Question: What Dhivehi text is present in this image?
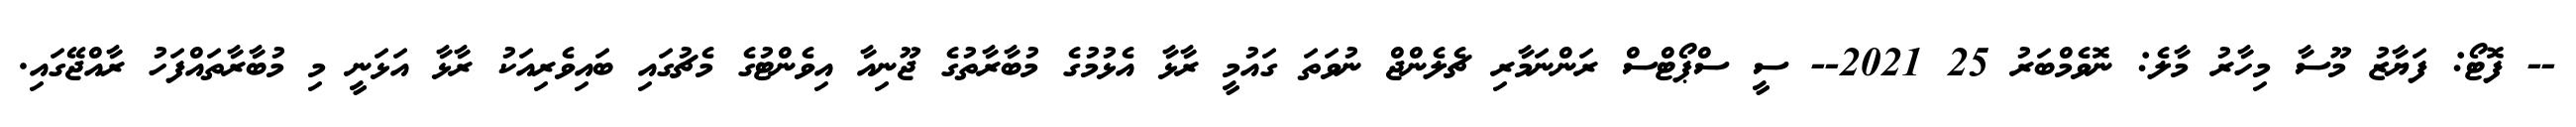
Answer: -- ފޮޓޯ: ފަޔާޒު މޫސާ މިހާރު މާލެ: ނޮވެމްބަރު 25 2021-- ސީ ސްޕޯޓްސް ރަންނަމާރި ޗެލެންޖް ނުވަތަ ގައުމީ ރާޅާ އެޅުމުގެ މުބާރާތުގެ ޖޫނިއާ އިވެންޓުގެ މެޗުގައި ބައިވެރިއަކު ރާޅާ އަޅަނީ މި މުބާރާތައްފަހު ރާއްޖޭގައި.